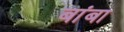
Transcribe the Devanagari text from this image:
बांबा